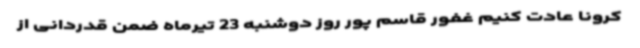
کرونا عادت کنیم غفور قاسم پور روز دوشنبه 23 تیرماه ضمن قدردانی از